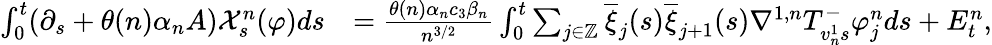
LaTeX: \begin{array}{rl}{\int_{0}^{t}(\partial_{s}+\theta(n)\alpha_{n}A)\mathcal{X}_{s}^{n}(\varphi)ds}&{=\frac{\theta(n)\alpha_{n}c_{3}\beta_{n}}{n^{3/2}}\int_{0}^{t}\sum_{j\in\mathbb{Z}}\overline{{\xi}}_{j}(s)\overline{{\xi}}_{j+1}(s)\nabla^{1,n}T_{v_{n}^{1}s}^{-}\varphi_{j}^{n}ds+E_{t}^{n},}\end{array}